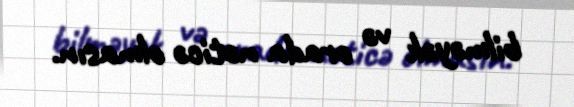
bilməyək və orada nəticə olmasın.